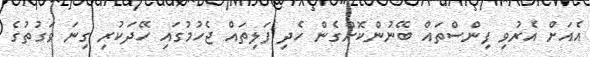
އެއަށް އެރުވި ފިންސްތައް ބޭނުންކޮށްގެން ހެދި ފަލިތައް ޖެހުމުގައި ހޭދަކުރި ގިނަ ވަގުތުގެ